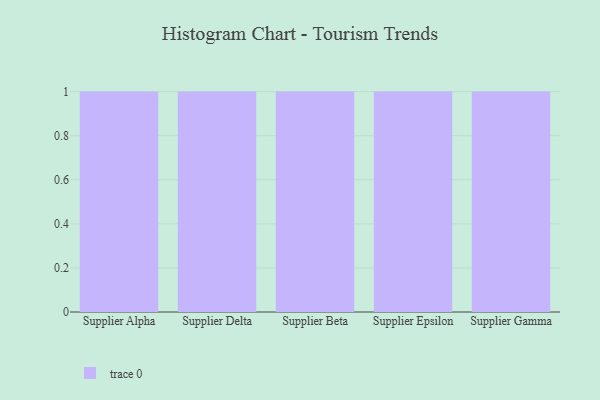
{"axis": {"x": "Supplier", "y": "Latency (ms)"}, "legend": [""], "data": [{"x": "Supplier Alpha", "y": 25, "type": ""}, {"x": "Supplier Delta", "y": 23, "type": ""}, {"x": "Supplier Beta", "y": 11, "type": ""}, {"x": "Supplier Epsilon", "y": 81, "type": ""}, {"x": "Supplier Gamma", "y": 82, "type": ""}]}